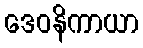
ဒေဝနိကာယာ